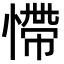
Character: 㦅